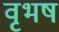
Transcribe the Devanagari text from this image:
वृभष